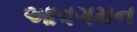
આવગમન